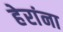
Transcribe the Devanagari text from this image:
हेरांना